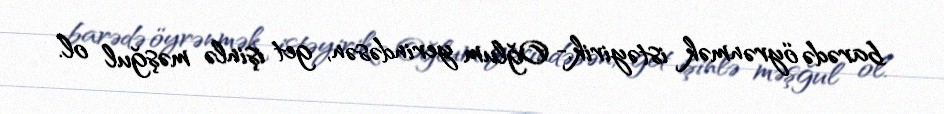
barədə öyrənmək istəyirik.- Oğlum yerindəsən, get işinlə məşğul ol.